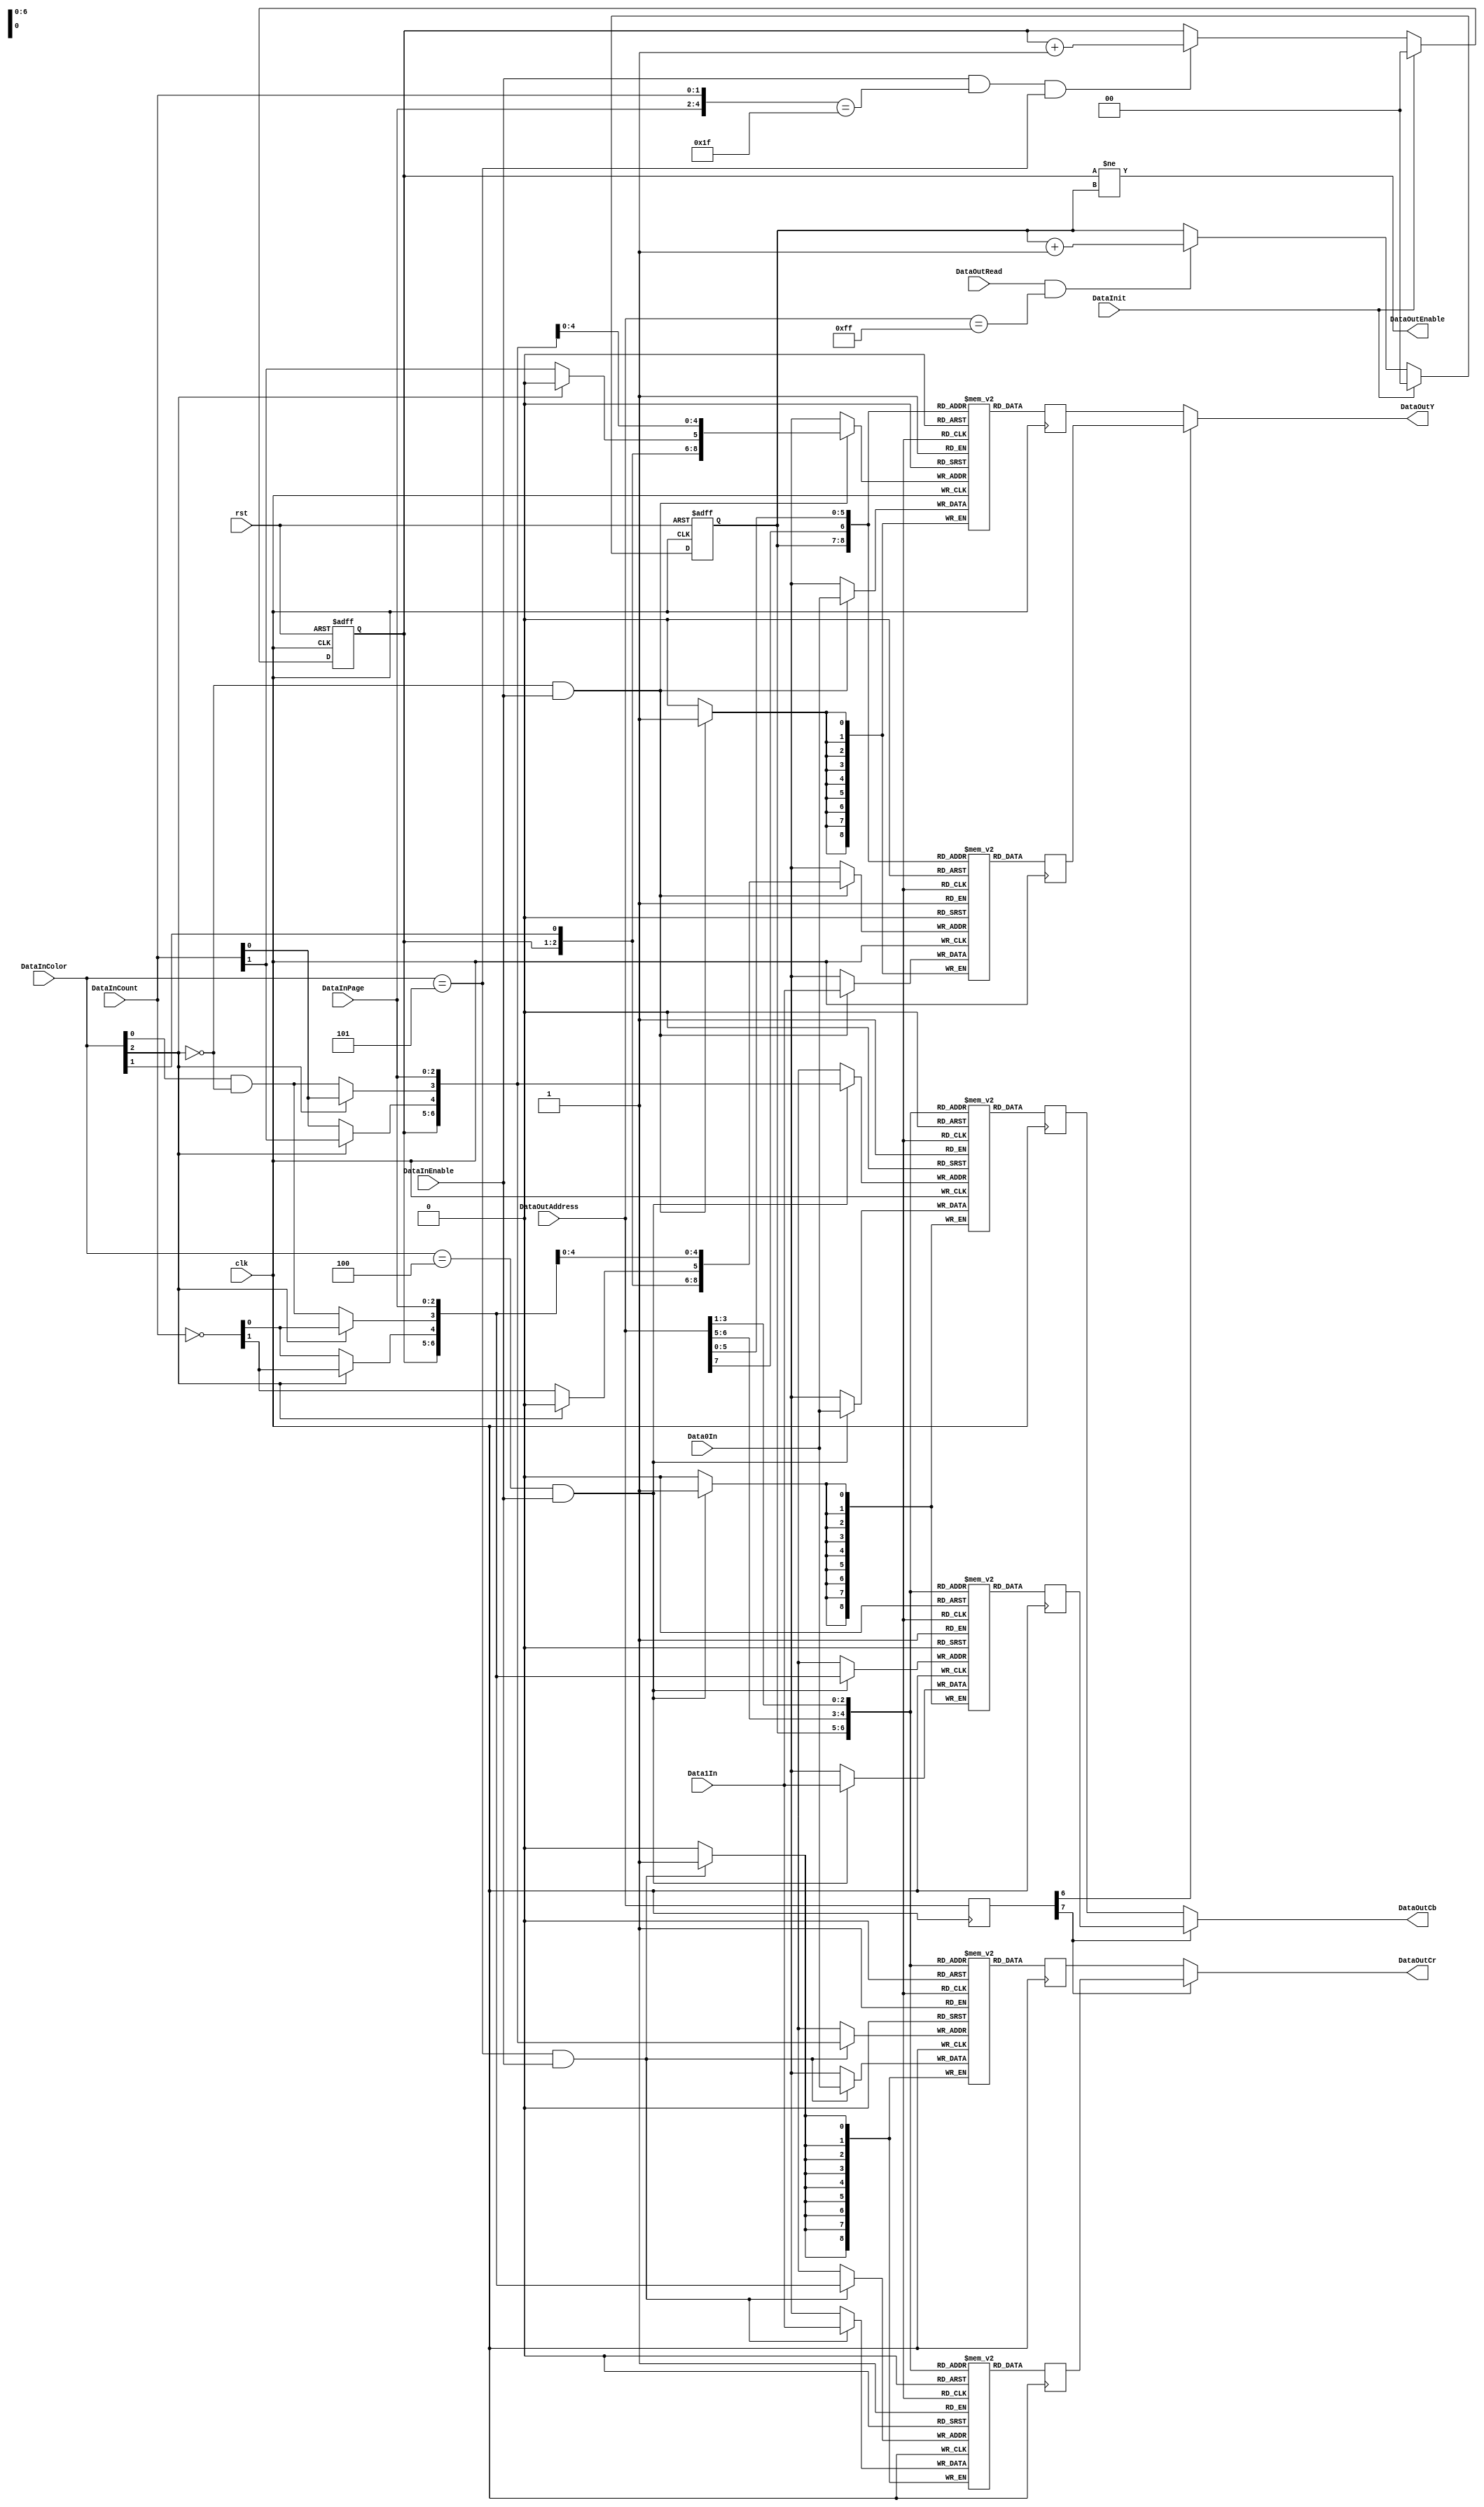
module jpeg_ycbcr_mem(
    rst,
    clk,

    DataInit,

    DataInEnable,
    DataInColor,
    DataInPage,
    DataInCount,
    Data0In,
    Data1In,

    DataOutEnable,
    DataOutAddress,
    DataOutRead,
    DataOutY,
    DataOutCb,
    DataOutCr
);
    
    input           rst;
    input           clk;
    
    input           DataInit;
   
    input           DataInEnable;
    input [2:0]     DataInColor;
    input [2:0]     DataInPage;
    input [1:0]     DataInCount;
    input [8:0]     Data0In;
    input [8:0]     Data1In;

    output          DataOutEnable;    
    input [7:0]     DataOutAddress;
    input           DataOutRead;
    output [8:0]    DataOutY;
    output [8:0]    DataOutCb;
    output [8:0]    DataOutCr;
    
    reg [8:0]       MemYA  [0:511];
    reg [8:0]       MemYB  [0:511];
    reg [8:0]       MemCbA [0:127];
    reg [8:0]       MemCbB [0:127];
    reg [8:0]       MemCrA [0:127];
    reg [8:0]       MemCrB [0:127];
    
    reg [1:0]       WriteBank, ReadBank;

    wire [5:0]      DataInAddress;
    
    assign DataInAddress = {DataInPage, DataInCount};

    // Bank
    always @(posedge clk or negedge rst) begin
        if(!rst) begin
            WriteBank <= 2'd0;
            ReadBank <= 2'd0;
        end else begin
            if(DataInit) begin
                WriteBank <= 2'd0;
            end else if(DataInEnable && (DataInAddress == 5'h1F) && (DataInColor == 3'b101)) begin
                WriteBank <= WriteBank + 2'd1;
            end
            if(DataInit) begin
                ReadBank <= 2'd0;
            end else if(DataOutRead && (DataOutAddress == 8'hFF)) begin
                ReadBank <= ReadBank + 2'd1;
            end
        end
    end

    wire [6:0]      WriteAddressA;
    wire [6:0]      WriteAddressB;
    
    function [6:0] F_WriteAddressA;
        input [2:0]    DataInColor;
    	input [2:0]    DataInPage;
    	input [1:0]    DataInCount;
        begin
            F_WriteAddressA[6]   = DataInColor[1];
            if(DataInColor[2] == 1'b0) begin
                F_WriteAddressA[5:4] = DataInCount[1:0];
                F_WriteAddressA[3]   = DataInColor[0] & ~DataInColor[2];
            end else begin
                F_WriteAddressA[5]  = 1'b0;
                F_WriteAddressA[4:3] = DataInCount[1:0];
            end
            F_WriteAddressA[2:0] = DataInPage[2:0];
        end
    endfunction
    
    function [6:0] F_WriteAddressB;
        input [2:0]    DataInColor;
    	input [2:0]    DataInPage;
    	input [1:0]    DataInCount;
        begin
            F_WriteAddressB[6]   = DataInColor[1];
            if(DataInColor[2] == 1'b0) begin
                F_WriteAddressB[5:4] = ~DataInCount[1:0];
                F_WriteAddressB[3]   = DataInColor[0] & ~DataInColor[2];
            end else begin
                F_WriteAddressB[5]   = 1'b0;
                F_WriteAddressB[4:3] = ~DataInCount[1:0];
            end
            F_WriteAddressB[2:0] = DataInPage[2:0];
        end
    endfunction

    assign WriteAddressA = F_WriteAddressA(DataInColor, DataInPage, DataInCount);
    assign WriteAddressB = F_WriteAddressB(DataInColor, DataInPage, DataInCount);

    always @(posedge clk) begin
        if(DataInColor[2] == 1'b0 & DataInEnable == 1'b1) begin
            MemYA[{WriteBank, WriteAddressA}] <= Data0In;
            MemYB[{WriteBank, WriteAddressB}] <= Data1In;
        end
    end
    
    always @(posedge clk) begin
        if(DataInColor == 3'b100 & DataInEnable == 1'b1) begin
            MemCbA[{WriteBank, WriteAddressA[4:0]}] <= Data0In;
            MemCbB[{WriteBank, WriteAddressB[4:0]}] <= Data1In;
        end
    end
    
    always @(posedge clk) begin
        if(DataInColor == 3'b101 & DataInEnable == 1'b1) begin
            MemCrA[{WriteBank, WriteAddressA[4:0]}] <= Data0In;
            MemCrB[{WriteBank, WriteAddressB[4:0]}] <= Data1In;
        end
    end
    
    reg [8:0] ReadYA;
    reg [8:0] ReadYB;
    reg [8:0] ReadCbA;
    reg [8:0] ReadCbB;
    reg [8:0] ReadCrA;
    reg [8:0] ReadCrB;
    
    reg [7:0] RegAdrs;
    
    always @(posedge clk) begin
        RegAdrs <= DataOutAddress;

        ReadYA  <= MemYA[{ReadBank, DataOutAddress[7],DataOutAddress[5:0]}];
        ReadYB  <= MemYB[{ReadBank, DataOutAddress[7],DataOutAddress[5:0]}];
        
        ReadCbA <= MemCbA[{ReadBank, DataOutAddress[6:5],DataOutAddress[3:1]}];
        ReadCrA <= MemCrA[{ReadBank, DataOutAddress[6:5],DataOutAddress[3:1]}];
        
        ReadCbB <= MemCbB[{ReadBank, DataOutAddress[6:5],DataOutAddress[3:1]}];
        ReadCrB <= MemCrB[{ReadBank, DataOutAddress[6:5],DataOutAddress[3:1]}];
    end
    
    assign DataOutEnable = (WriteBank != ReadBank);
    assign DataOutY  = (RegAdrs[6] ==1'b0)?ReadYA:ReadYB;
    assign DataOutCb = (RegAdrs[7] ==1'b0)?ReadCbA:ReadCbB;
    assign DataOutCr = (RegAdrs[7] ==1'b0)?ReadCrA:ReadCrB;
      
endmodule